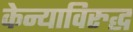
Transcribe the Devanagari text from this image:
केन्याविरुद्ध